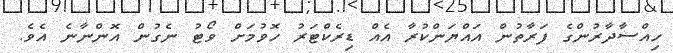
ހިއްސާދާރުންގެ ފަރާތުން އައްޔަންކުރާ އެއް ޑިރެކްޓަރު ހޮވުމަށް ވޯޓު ނެގުން އޮންނާނެ އެވެ.